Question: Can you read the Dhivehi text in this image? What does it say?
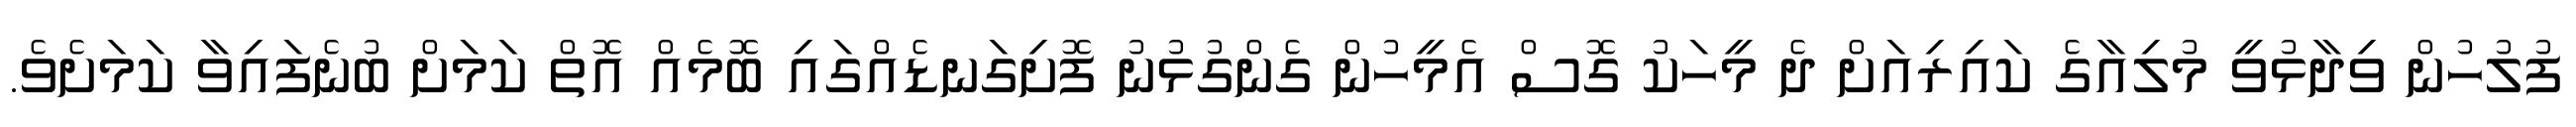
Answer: ފުލުހުން ވިދާޅުވީ މުލިއާގެ ކައިރިއަށް ދެ މީހަކު ގޮސް އެމީހުން ގެންގުޅުނު ފޮށިގަނޑެއްގައި ބޮމެއް އޮތް ކަމަށް ބުނެފައިވާ ކަމަށެވެ.